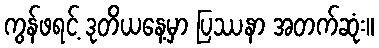
ကွန်ဖရင့် ဒုတိယနေ့မှာ ပြဿနာ အတက်ဆုံး။